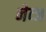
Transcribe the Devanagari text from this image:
नेव्ज